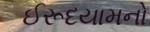
ઈરૂદયામનો